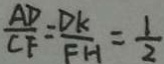
\frac { A D } { C F } = \frac { D K } { F H } = \frac { 1 } { 2 }